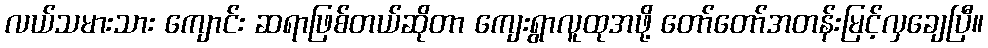
လယ်သမားသား ကျောင်း ဆရာဖြစ်တယ်ဆိုတာ ကျေးရွာလူထုအဖို့ တော်တော်အတန်းမြင့်လှချေပြီ။